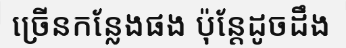
ច្រើនកន្លែងផង ប៉ុន្តែដូចដឹង